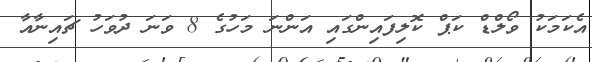
އެކަމަކު ވޯލްޑް ކަޕް ކޮލިފައިންގައި އަންނަ މަހުގެ 8 ވަނަ ދުވަހު ޗައިނާއާ